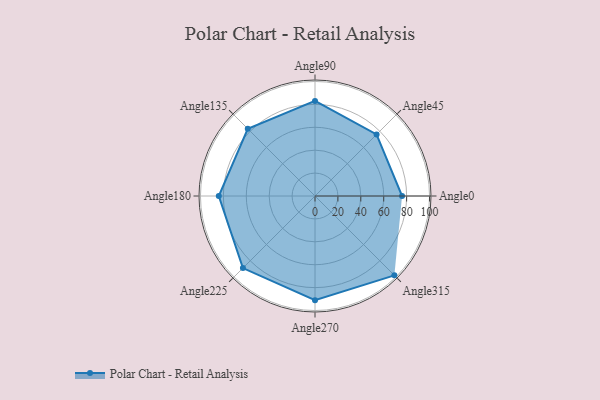
{"axis": {"x": "Angle", "y": "Radius"}, "legend": [""], "data": [{"x": "Angle0", "y": 76.0, "type": ""}, {"x": "Angle45", "y": 76.0, "type": ""}, {"x": "Angle90", "y": 83.0, "type": ""}, {"x": "Angle135", "y": 83.0, "type": ""}, {"x": "Angle180", "y": 84.0, "type": ""}, {"x": "Angle225", "y": 89.0, "type": ""}, {"x": "Angle270", "y": 91.0, "type": ""}, {"x": "Angle315", "y": 98.0, "type": ""}]}